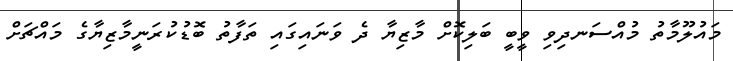
މައުލޫމާތު މުއްސަނދިވި ވީބީ ބަލިކޮށް މާޒިޔާ ދެ ވަނައިގައި ތަފާތު ބޮޑުކުރަނީމާޒިޔާގެ މައްޗަށް